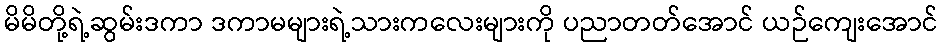
မိမိတို့ရဲ့ဆွမ်းဒကာ ဒကာမများရဲ့သားကလေးများကို ပညာတတ်အောင် ယဉ်ကျေးအောင်